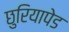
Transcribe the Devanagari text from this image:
छुरियापेड